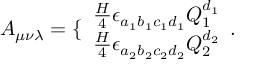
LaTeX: A _ { \mu \nu \lambda } = \{ \begin{array} { l } { { \frac { H } { 4 } \epsilon _ { a _ { 1 } b _ { 1 } c _ { 1 } d _ { 1 } } Q _ { 1 } ^ { d _ { 1 } } } } \\ { { \frac { H } { 4 } \epsilon _ { a _ { 2 } b _ { 2 } c _ { 2 } d _ { 2 } } Q _ { 2 } ^ { d _ { 2 } } } } \end{array} .